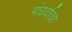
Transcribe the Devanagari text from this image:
गंधर्वाचा